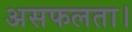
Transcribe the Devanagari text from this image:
असफलता।